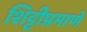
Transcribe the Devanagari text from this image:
शिट्टीप्रमाणे